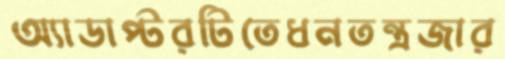
অ্যাডাপ্টরটিতেধনতন্ত্রজার